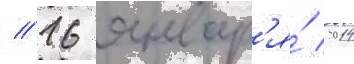
// 16 январ'я́ 2014